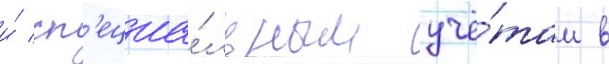
и́ сп'ециа́льным учё́там в